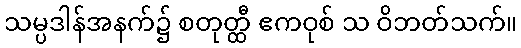
သမ္ပဒါန်အနက်၌ စတုတ္ထီ ဧကဝုစ် သ ဝိဘတ်သက်။